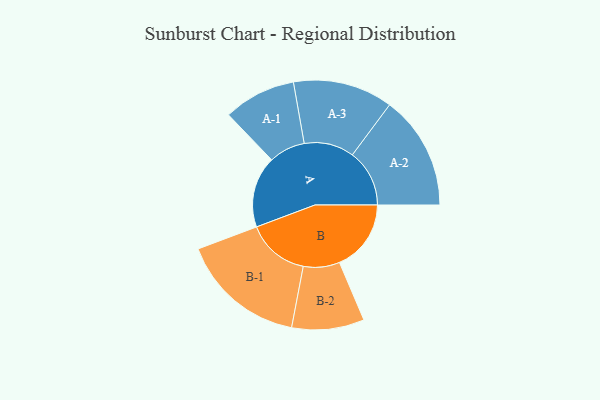
{"axis": {"x": "Segment", "y": "Value"}, "legend": ["", "A", "B"], "data": [{"x": "A", "y": 329, "type": ""}, {"x": "B", "y": 330, "type": ""}, {"x": "A-1", "y": 167, "type": "A"}, {"x": "A-2", "y": 263, "type": "A"}, {"x": "A-3", "y": 230, "type": "A"}, {"x": "B-1", "y": 289, "type": "B"}, {"x": "B-2", "y": 167, "type": "B"}]}